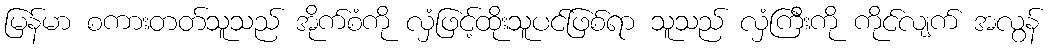
မြန်မာ စကားတတ်သူသည် အိုက်စံကို လှံဖြင့်ထိုးသူပင်ဖြစ်ရာ သူသည် လှံကြီးကို ကိုင်လျက် အလွန်